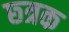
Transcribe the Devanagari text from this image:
छ्त्रक